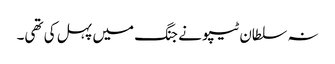
نہ سلطان ٹیپو نے جنگ میں پہل کی تھی۔